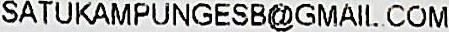
SATUKAMPUNGESB@GMAIL.COM